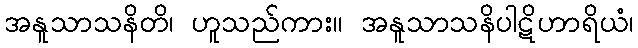
အနူသာသနိတိ၊ ဟူသည်ကား။ အနူသာသနိပါဋိဟာရိယံ၊